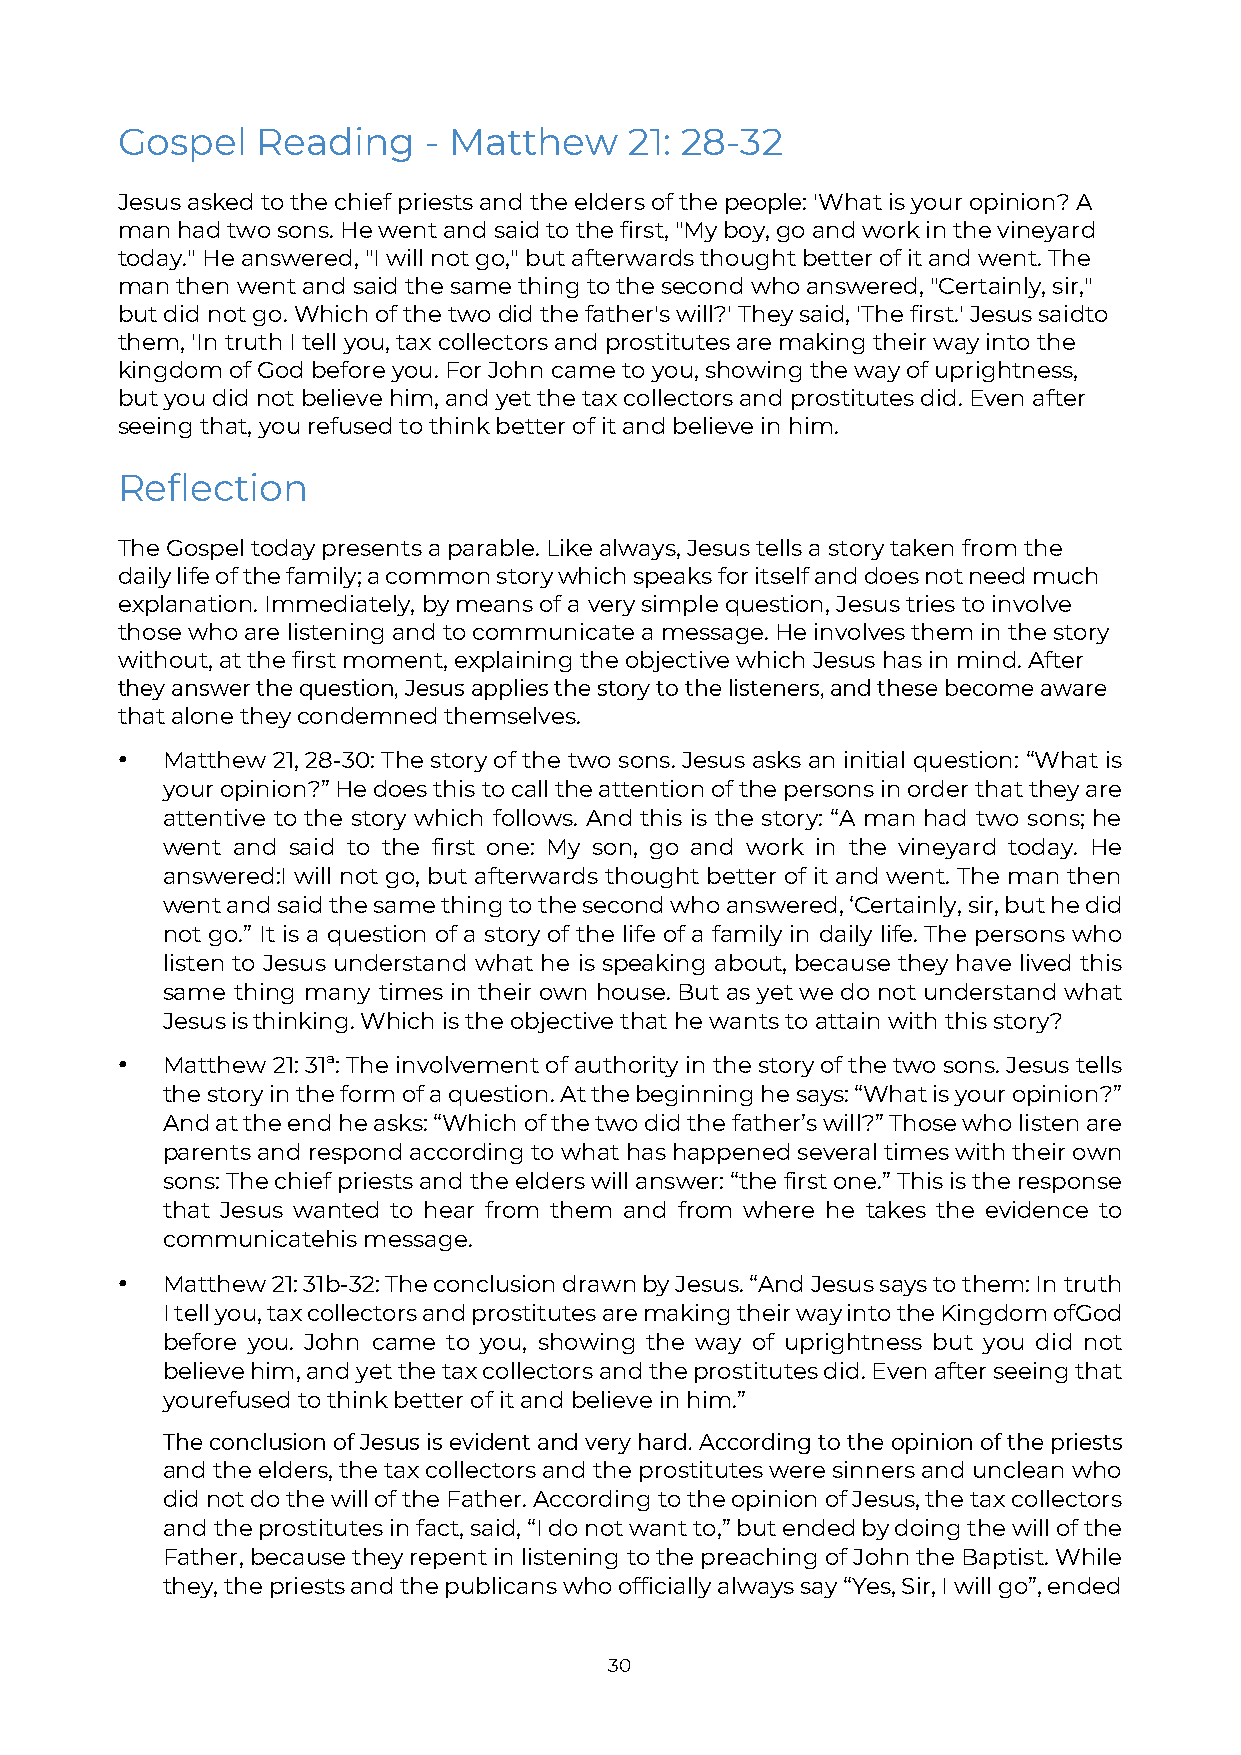
Gospel   Reading    - Matthew     21: 28-32
 Jesus asked to the chief priests and the elders of the people: 'What is your opinion? A
 man had two sons. He went and said to the first, "My boy, go and work in the vineyard
 today." He answered, "I will not go," but afterwards thought better of it and went. The
 man then went and said the same thing to the second who answered, "Certainly, sir,"
 but did not go. Which of the two did the father's will?' They said, 'The first.' Jesus said to
 them, 'In truth I tell you, tax collectors and prostitutes are making their way into the
 kingdom of God before you. For John came to you, showing the way of uprightness,
 but you did not believe him, and yet the tax collectors and prostitutes did. Even after
 seeing that, you refused to think better of it and believe in him.
 Reflection
 The Gospel today presents a parable. Like always, Jesus tells a story taken from the
 daily life of the family; a common story which speaks for itself and does not need much
 explanation. Immediately, by means of a very simple question, Jesus tries to involve
 those who are listening and to communicate a message. He involves them in the story
 without, at the first moment, explaining the objective which Jesus has in mind. After
 they answer the question, Jesus applies the story to the listeners, and these become aware
 that alone they condemned themselves.
 •  Matthew 21, 28-30: The story of the two sons. Jesus asks an initial question: “What is
 your opinion?” He does this to call the attention of the persons in order that they are
 attentive to the story which follows. And this is the story: “A man had two sons; he
 went and said to the first one: My son, go and work in the vineyard today. He
 answered: I will not go, but afterwards thought better of it and went. The man then
 went and said the same thing to the second who answered, ‘Certainly, sir, but he did
 not go.” It is a question of a story of the life of a family in daily life. The persons who
 listen to Jesus understand what he is speaking about, because they have lived this
 same thing many times in their own house. But as yet we do not understand what
 Jesus is thinking. Which is the objective that he wants to attain with this story?
 •  Matthew 21: 31ª: The involvement of authority in the story of the two sons. Jesus tells
 the story in the form of a question. At the beginning he says: “What is your opinion?”
 And at the end he asks: “Which of the two did the father’s will?” Those who listen are
 parents and respond according to what has happened several times with their own
 sons: The chief priests and the elders will answer: “the first one.” This is the response
 that Jesus wanted to hear from them and from where he takes the evidence to
 communicate his message.
 •  Matthew 21: 31b-32: The conclusion drawn by Jesus. “And Jesus says to them: In truth
 I tell you, tax collectors and prostitutes are making their way into the Kingdom of God
 before you. John came to you, showing the way of uprightness but you did not
 believe him, and yet the tax collectors and the prostitutes did. Even after seeing that
 you refused to think better of it and believe in him.”
 The conclusion of Jesus is evident and very hard. According to the opinion of the priests
 and the elders, the tax collectors and the prostitutes were sinners and unclean who
 did not do the will of the Father. According to the opinion of Jesus, the tax collectors
 and the prostitutes in fact, said, “I do not want to,” but ended by doing the will of the
 Father, because they repent in listening to the preaching of John the Baptist. While
 they, the priests and the publicans who officially always say “Yes, Sir, I will go”, ended
 30